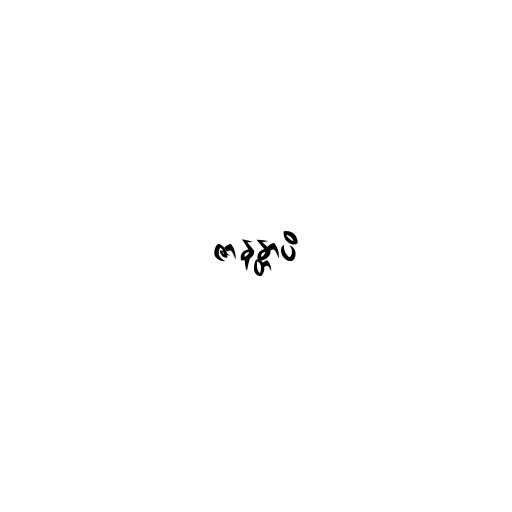
ဇာနန္တာပိ